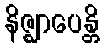
နိဇ္ဈာပေန္တိ